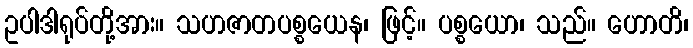
ဥပါဒါရုပ်တို့အား။ သဟဇာတပစ္စယေန၊ ဖြင့်။ ပစ္စယော၊ သည်။ ဟောတိ၊